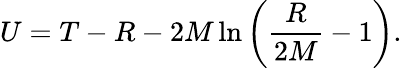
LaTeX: U=T-R-2M\ln\left(\frac{R}{2M}-1\right).